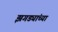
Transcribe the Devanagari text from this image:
झगड्यांच्या